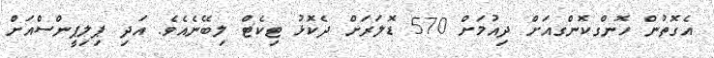
އެގޮތުން ހޮންގކޮންގއަށް ދިއުމަށް 570 ޑޮލަރަށް ދެކޮޅު ޓިކެޓް ލިބޭނެއެވެ. އަދި ޕިލިޕީންސްއަށް